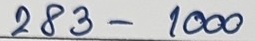
283 - 1000